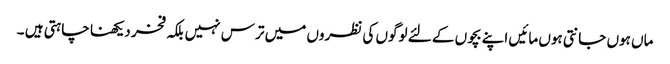
ماں ہوں جانتی ہوں مائیں اپنے بچوں کے لئے لوگوں کی نظروں میں ترس نہیں بلکہ فخر دیکھنا چاہتی ہیں ۔